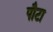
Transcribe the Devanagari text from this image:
पौटा